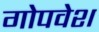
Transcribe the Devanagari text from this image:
गोपवेश